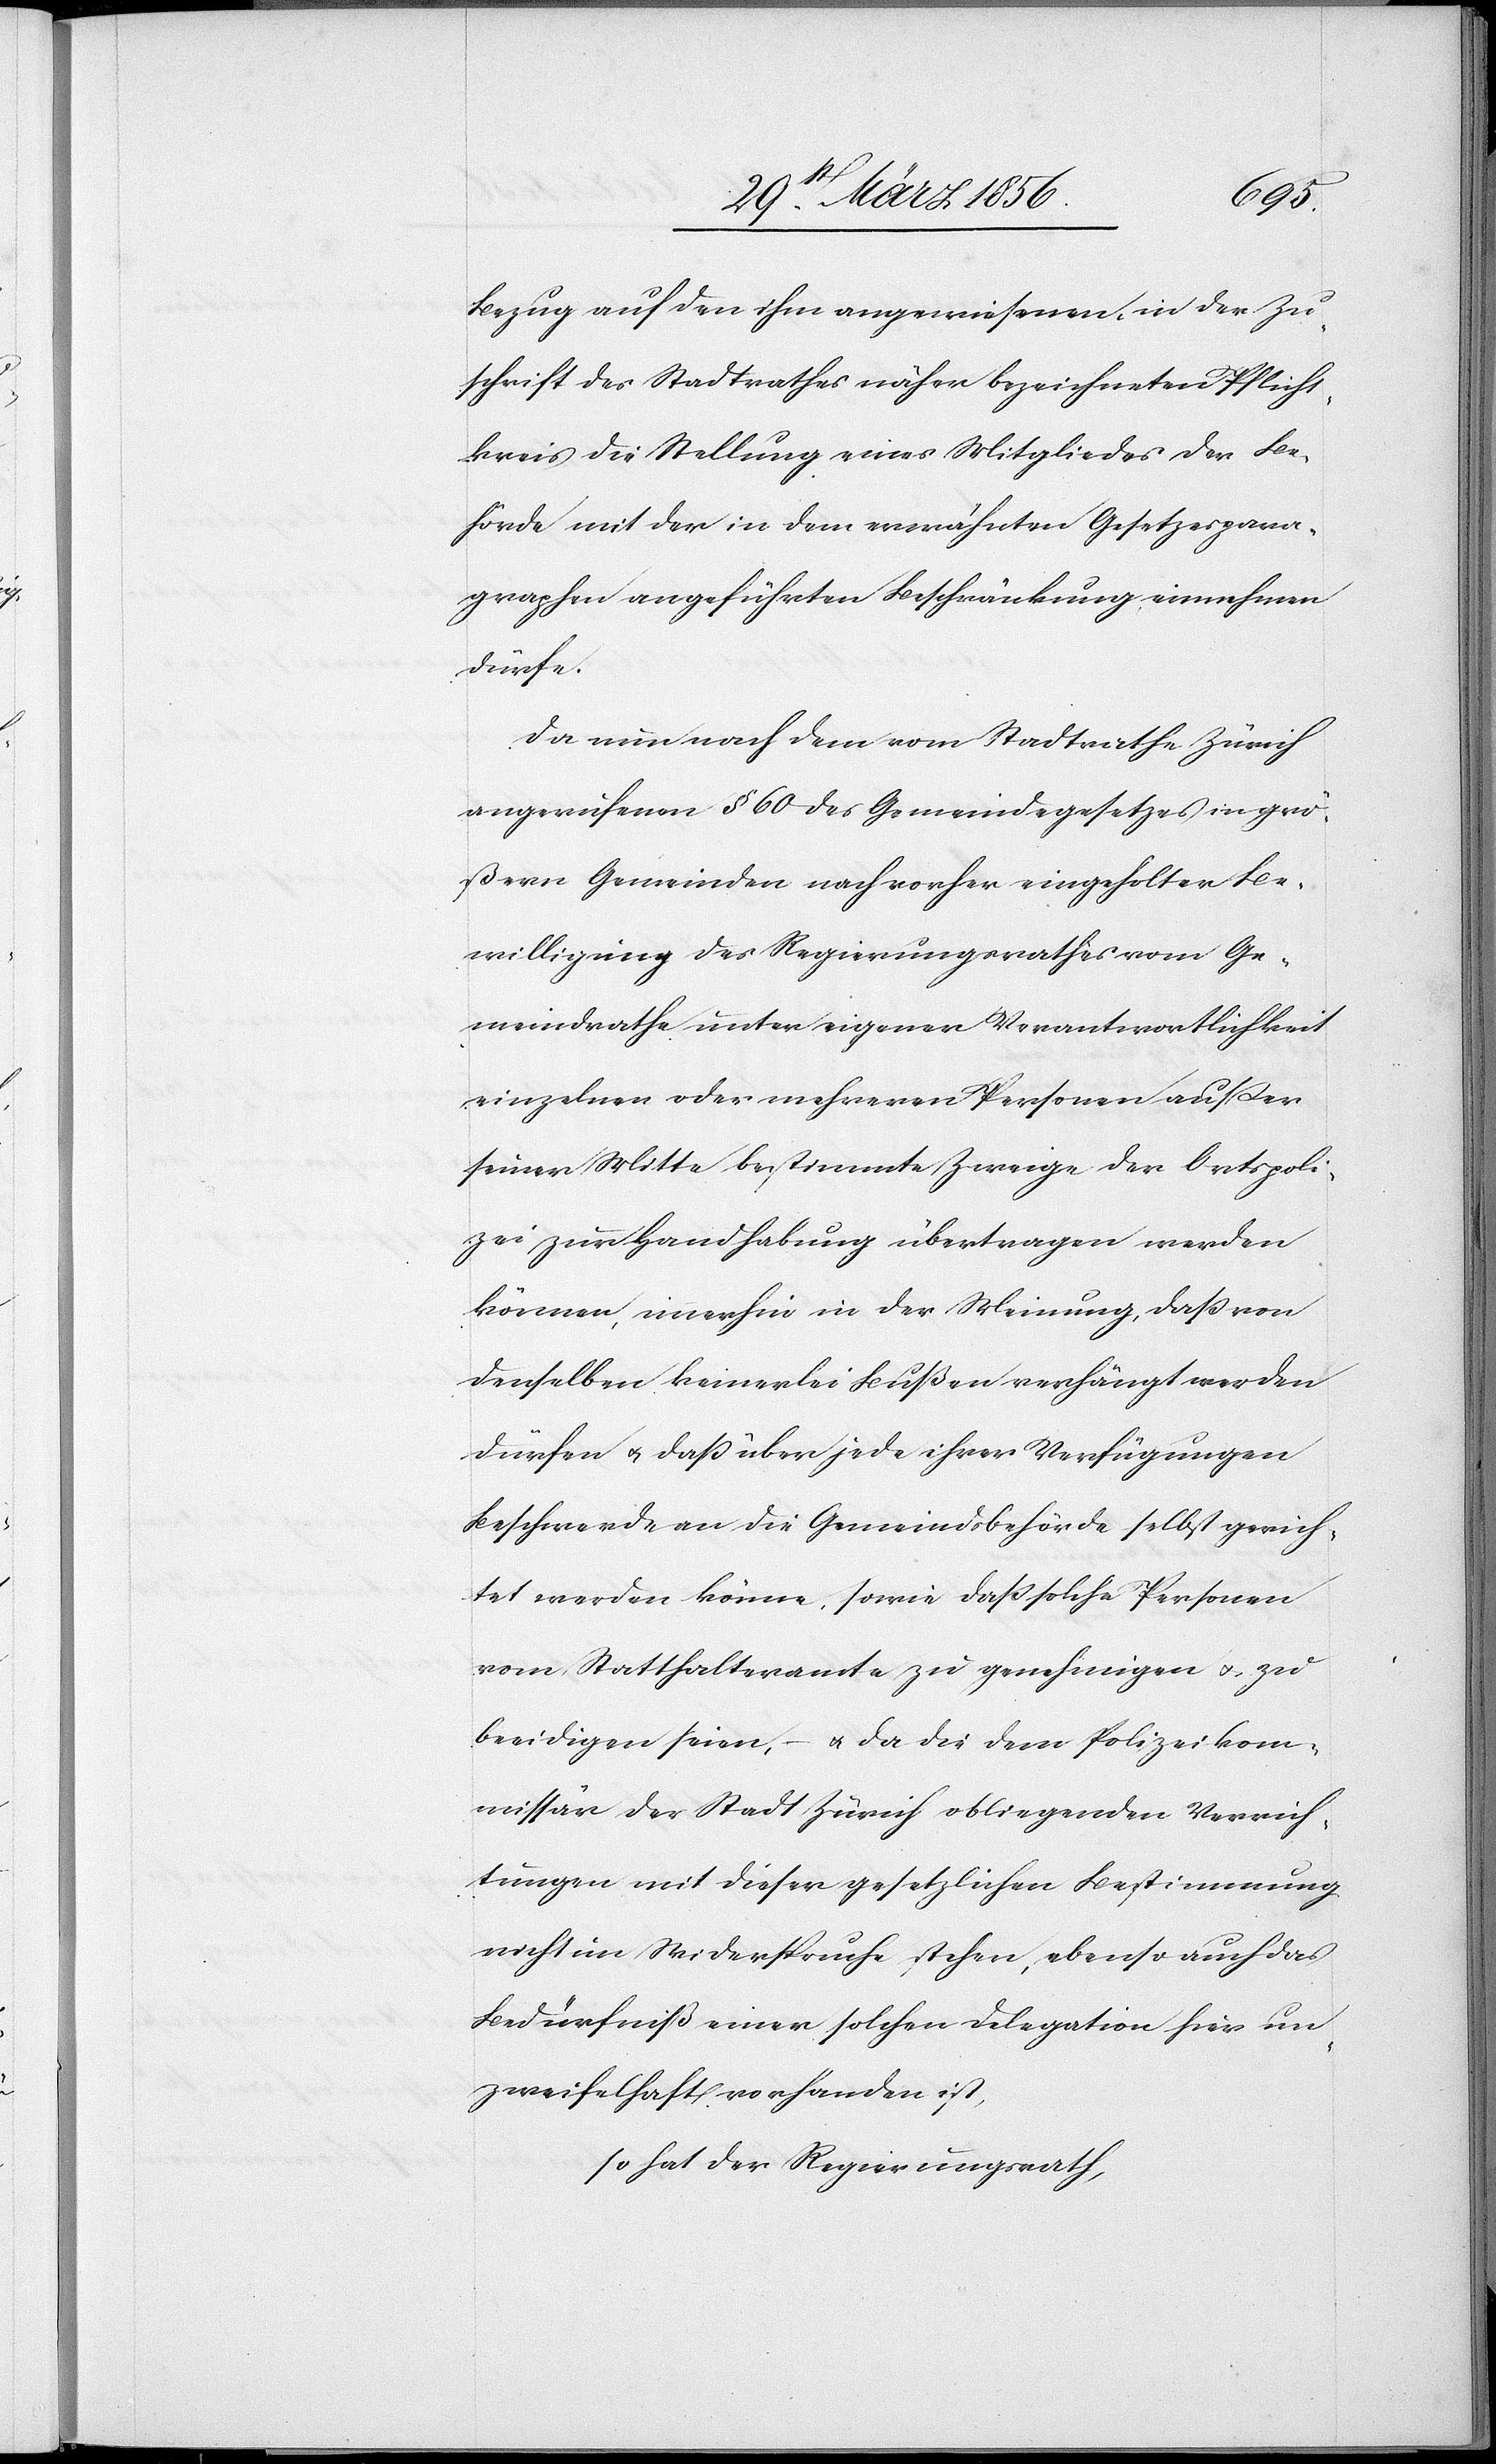
Bezug auf den ihm angewiesenen, in der Zu¬
schrift des Stadtrathes näher bezeichneten Pflicht¬
kreis die Stellung eines Mitgliedes der Be¬
hörde mit der in dem erwähnten Gesetzespara¬
graphen angeführten Beschränkung einnehmen
dürfe.
Da nun nach dem vom Stadtrathe Zürich
angerufenen § 60 des Gemeindegesetzes in grö¬
ßern Gemeinden nach vorher eingeholter Be¬
willigung des Regierungsrathes vom Ge¬
meindrathe unter eigener Verantwortlichkeit
einzelnen oder mehreren Personen ausser
seiner Mitte bestimmte Zweige der Ortspoli¬
zei zur Handhabung übertragen werden
können, immerhin in der Meinung, daß von
denselben keinerlei Bußen verhängt werden
dürfen u. daß über jede ihrer Verfügungen
Beschwerde an die Gemeindsbehörde selbst gerich¬
tet werden könne, sowie daß solche Personen
vom Statthalteramte zu genehmigen u. zu
beeidigen seien, – u. da die dem Polizeikom¬
missär der Stadt Zürich obliegenden Verrich¬
tungen mit dieser gesetzlichen Bestimmung
nicht im Widerspruche stehen, ebenso auch das
Bedürfniß einer solchen Delegation hier un¬
zweifelhaft vorhanden ist,
so hat der Regierungsrath,